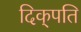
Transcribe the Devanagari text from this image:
दिक्‌पति